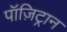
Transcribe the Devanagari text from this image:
पॉज़िट्रान